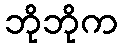
ဘိုဘိုက